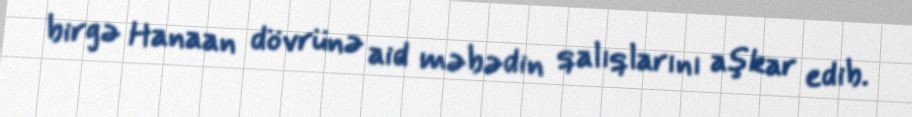
birgə Hanaan dövrünə aid məbədin qalıqlarını aşkar edib.